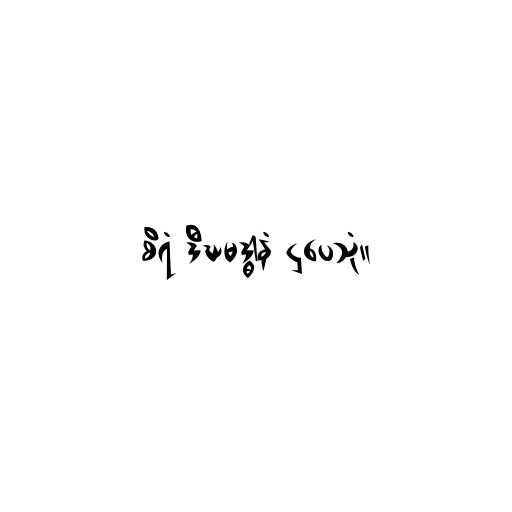
စိရံ ဒီဃမဒ္ဓါနံ ဌပေသုံ။